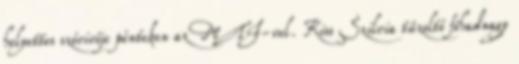
helyettes szóvivője pénteken az MTI-vel. Kiss Szilvia tűzoltó főhadnagy